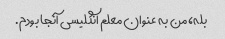
بله، من به عنوان معلم انگلیسی آنجا بودم.